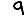
Digit: 9